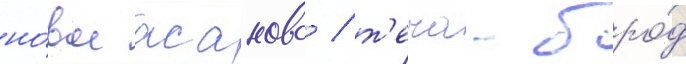
но́вое асаново / т'еча-бро́д